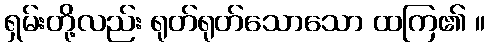
ရှမ်းတို့လည်း ရုတ်ရုတ်သောသော ထကြ၏ ။